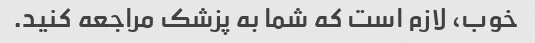
خوب، لازم است که شما به پزشک مراجعه کنید.